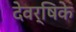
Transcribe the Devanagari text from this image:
देवर्षिके